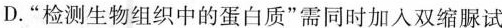
D.”检测生物组织中的蛋白质”需同时加入双缩脲试